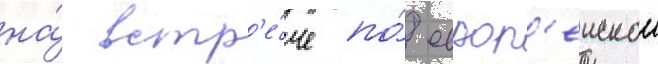
на́ встр'е́че по́ европ'еискои